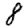
Digit: 8